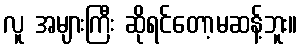
လူ အများကြီး ဆိုရင်တော့မဆန့်ဘူး။